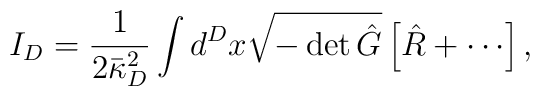
I_D = \frac{1}{2 \bar{\kappa}^2_D} \int d^D x \sqrt{- \det \hat G} \left[{\hat R} +\cdots\right],